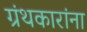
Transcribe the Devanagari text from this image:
ग्रंथकारांना